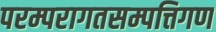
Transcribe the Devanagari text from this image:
परम्परागतसम्पत्तिगण